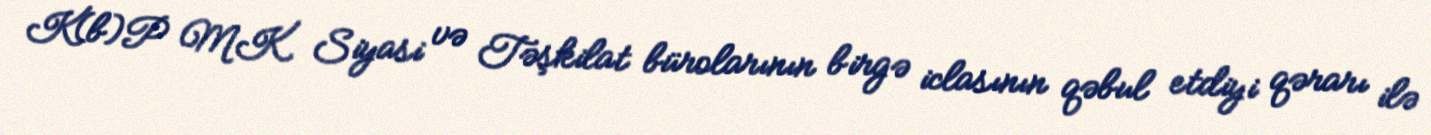
K(b)P MK Siyasi və Təşkilat bürolarının birgə iclasının qəbul etdiyi qərarı ilə